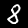
Label: 8